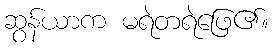
ဆွန်ယာက မရဲတရဲဖြေ၏။